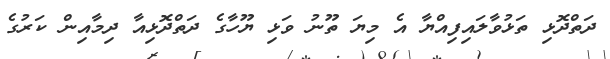
ދަތްދޮޅި ތަޅުވާލައިފިއްޔާ އެ މިޔަ ތޫނު ވަޅި ޔޫހާގެ ދަތްދޮޅިއާ ދިމާއިން ކަރުގެ